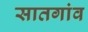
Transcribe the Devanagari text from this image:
सातगांव